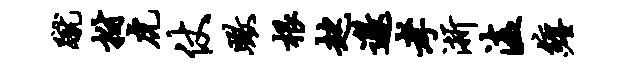
蹴拊虎仗瞰根趑邀孝浙溘缠